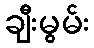
ချီးမွမ်း